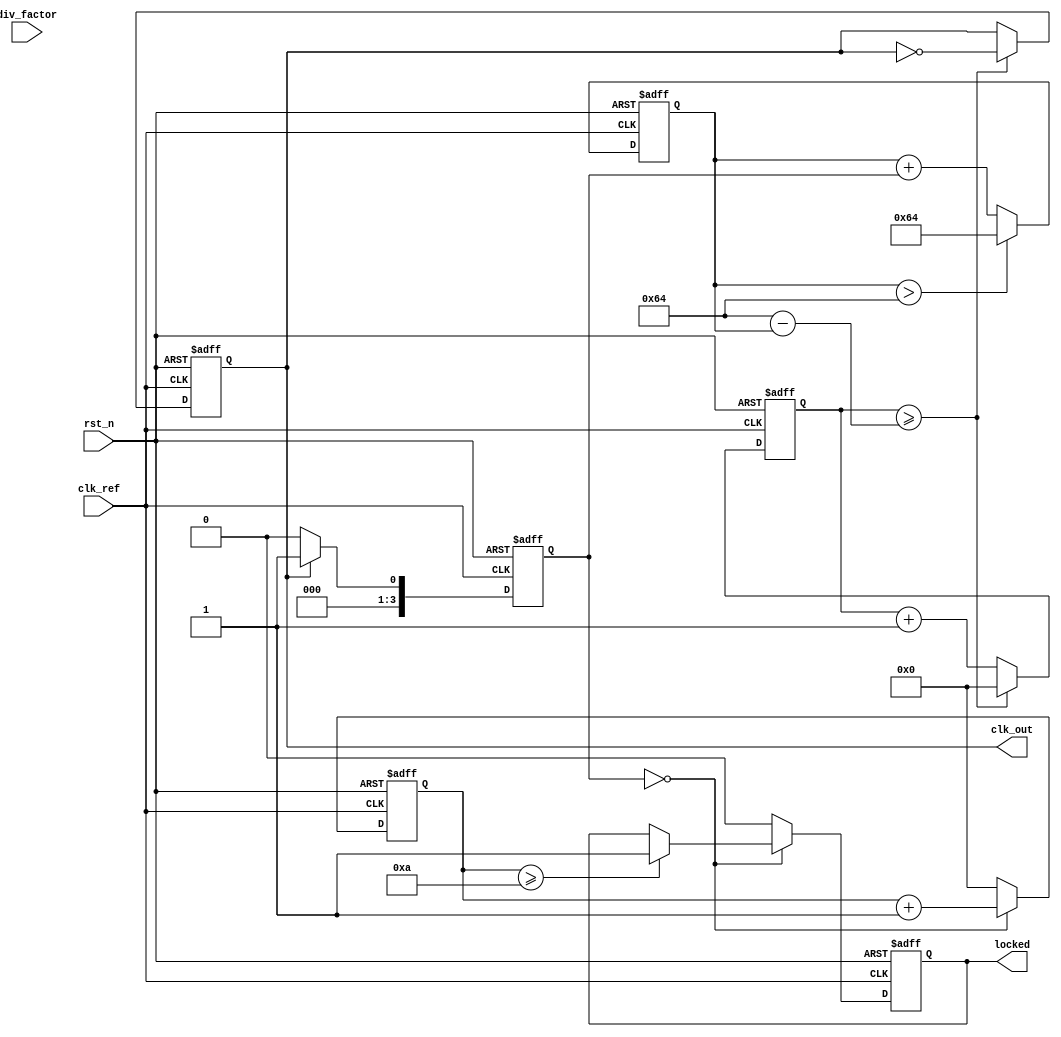
module low_jitter_pll (
    input wire clk_ref,          // Reference clock input
    input wire rst_n,           // Active low reset
    input wire [3:0] div_factor, // Divider factor for feedback
    output reg clk_out,         // PLL output clock
    output reg locked           // Lock status output
);

// Parameters for PLL behavior
parameter integer LOCK_TIME = 10; // Time to achieve lock (in clock cycles)
parameter integer VCO_MAX_FREQ = 100; // Maximum VCO frequency (arbitrary units)

// Internal signals
reg [3:0] phase_err;          // Phase error from phase detector
reg [31:0] control_voltage;    // Control voltage for VCO
reg [31:0] vco_output;         // VCO output frequency
reg [31:0] counter;            // Counter for VCO output
reg [31:0] lock_counter;       // Counter for lock detection

// Phase Detector (PD) - Simple XOR for phase comparison
always @(posedge clk_ref or negedge rst_n) begin
    if (!rst_n) begin
        phase_err <= 0;
    end else begin
        // Example phase error logic (simplified)
        if (clk_out) begin
            phase_err <= 1; // Indicating a phase error
        end else begin
            phase_err <= 0; // No phase error
        end
    end
end

// Loop Filter (LF) - Simple integrator for control voltage
always @(posedge clk_ref or negedge rst_n) begin
    if (!rst_n) begin
        control_voltage <= 0;
    end else begin
        // Simple control voltage adjustment based on phase error
        control_voltage <= control_voltage + phase_err;
        // Limit control voltage to maximum frequency
        if (control_voltage > VCO_MAX_FREQ) begin
            control_voltage <= VCO_MAX_FREQ;
        end
    end
end

// Voltage-Controlled Oscillator (VCO)
always @(posedge clk_ref or negedge rst_n) begin
    if (!rst_n) begin
        vco_output <= 0;
        counter <= 0;
        clk_out <= 0;
        locked <= 0;
        lock_counter <= 0;
    end else begin
        // VCO output frequency based on control voltage
        if (counter >= (VCO_MAX_FREQ - control_voltage)) begin
            clk_out <= ~clk_out; // Toggle output clock
            counter <= 0;
        end else begin
            counter <= counter + 1;
        end
        
        // Lock detection logic
        if (phase_err == 0) begin
            lock_counter <= lock_counter + 1;
            if (lock_counter >= LOCK_TIME) begin
                locked <= 1; // PLL is locked
            end
        end else begin
            lock_counter <= 0; // Reset lock counter on phase error
            locked <= 0; // Not locked
        end
    end
end

// Feedback Divider
reg [3:0] div_counter; // Counter for divider
always @(posedge clk_out or negedge rst_n) begin
    if (!rst_n) begin
        div_counter <= 0;
    end else begin
        if (div_counter >= div_factor - 1) begin
            div_counter <= 0; // Reset counter
        end else begin
            div_counter <= div_counter + 1; // Increment counter
        end
    end
end

endmodule